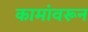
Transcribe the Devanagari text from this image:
कामांवरून